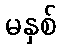
မနှစ်